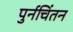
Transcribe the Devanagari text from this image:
पुर्नचिंतन